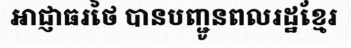
អាជ្ញាធរថៃ បានបញ្ជូនពលរដ្ឋខ្មែរ